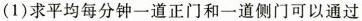
(1)求平均每分钟一道正门和一道侧门可以通过